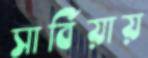
সার্বিয়ায়